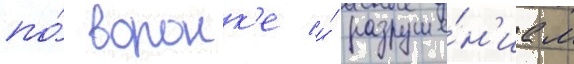
по́ воронк'е и́ разруше́н'иам